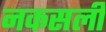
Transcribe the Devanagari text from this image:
नकसली